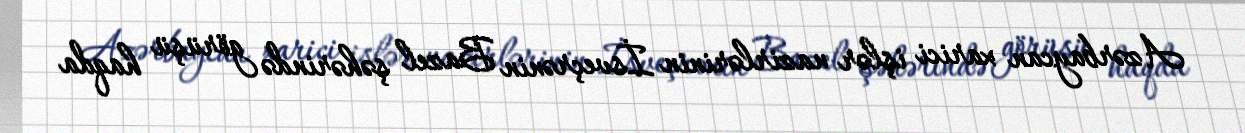
Azərbaycan xarici işlər nazirlərinin İsveçrənin Bazel şəhərində görüşü haqda